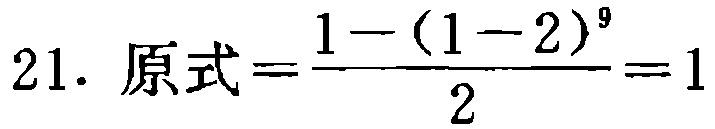
\(21.\ 原式=\frac{1-(1 - 2)^{9}}{2}=1\)